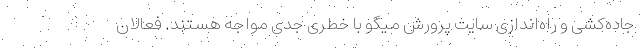
جاده‌کشی و راه‌اندازی سایت پرورش میگو با خطری جدی مواجه هستند. فعالان